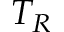
T _ { R }